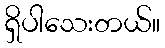
ရှိပါသေးတယ်။